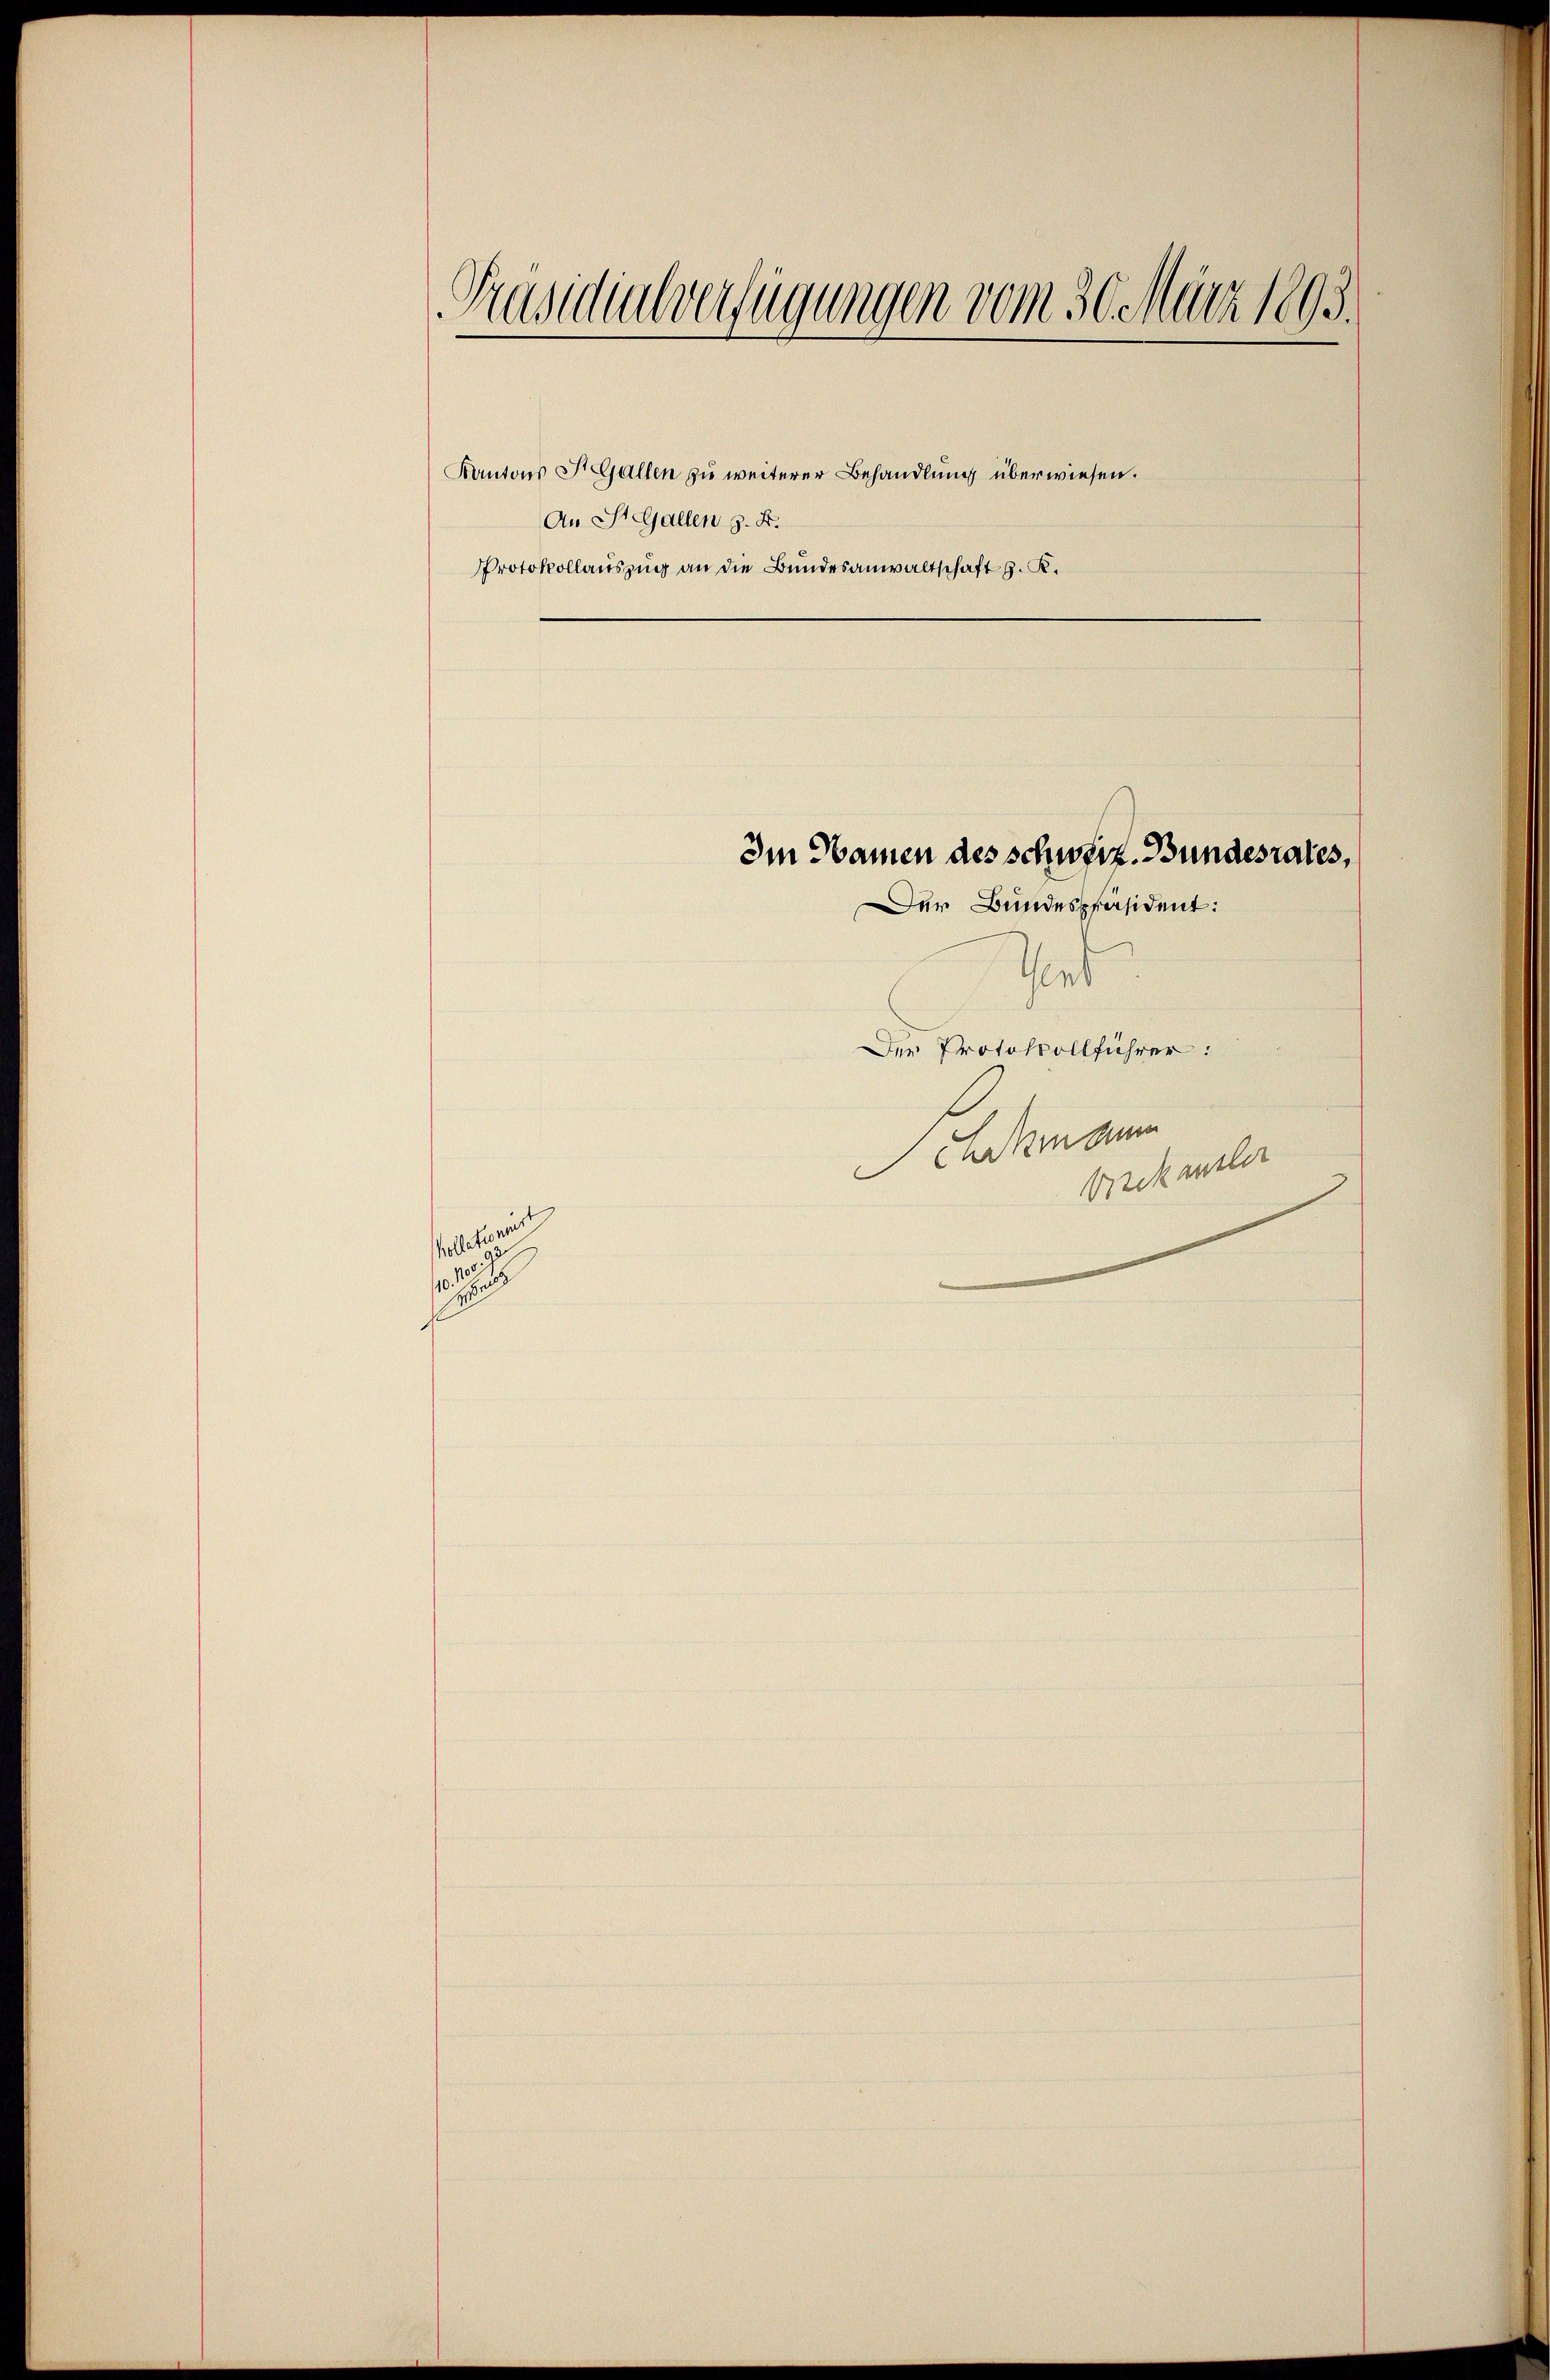
Präsidialverfügungen vom 30. März 1893.

An St.Gallen z. B.

altbereit
e

Kantons St.Gallen zu weiterer Behandlung überwiesen.

Protokollauszug an die Bundesanwaltschaft z. K.

Im Namen des schweiz. Bundesrates,
Der Bundespräsident:

Pert
Der Protokollführer:
Schdiesen
sruck maler